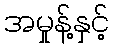
အမှုန့်နှင့်